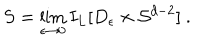
S = \lim _ { \epsilon \rightarrow 0 } I _ { L } [ D _ { \epsilon } \times { \cal S } ^ { d - 2 } ] \ .